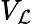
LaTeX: V_{\mathcal{L}}